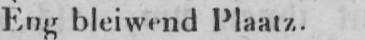
Èng bleiwend Plaatz.